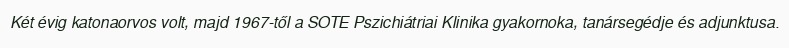
Két évig katonaorvos volt, majd 1967-től a SOTE Pszichiátriai Klinika gyakornoka, tanársegédje és adjunktusa.